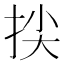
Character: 𢬅